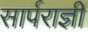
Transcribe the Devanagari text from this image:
सार्पराज्ञी